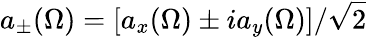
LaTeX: a_{\pm}(\Omega)=[a_{x}(\Omega)\pm ia_{y}(\Omega)]/\sqrt{2}